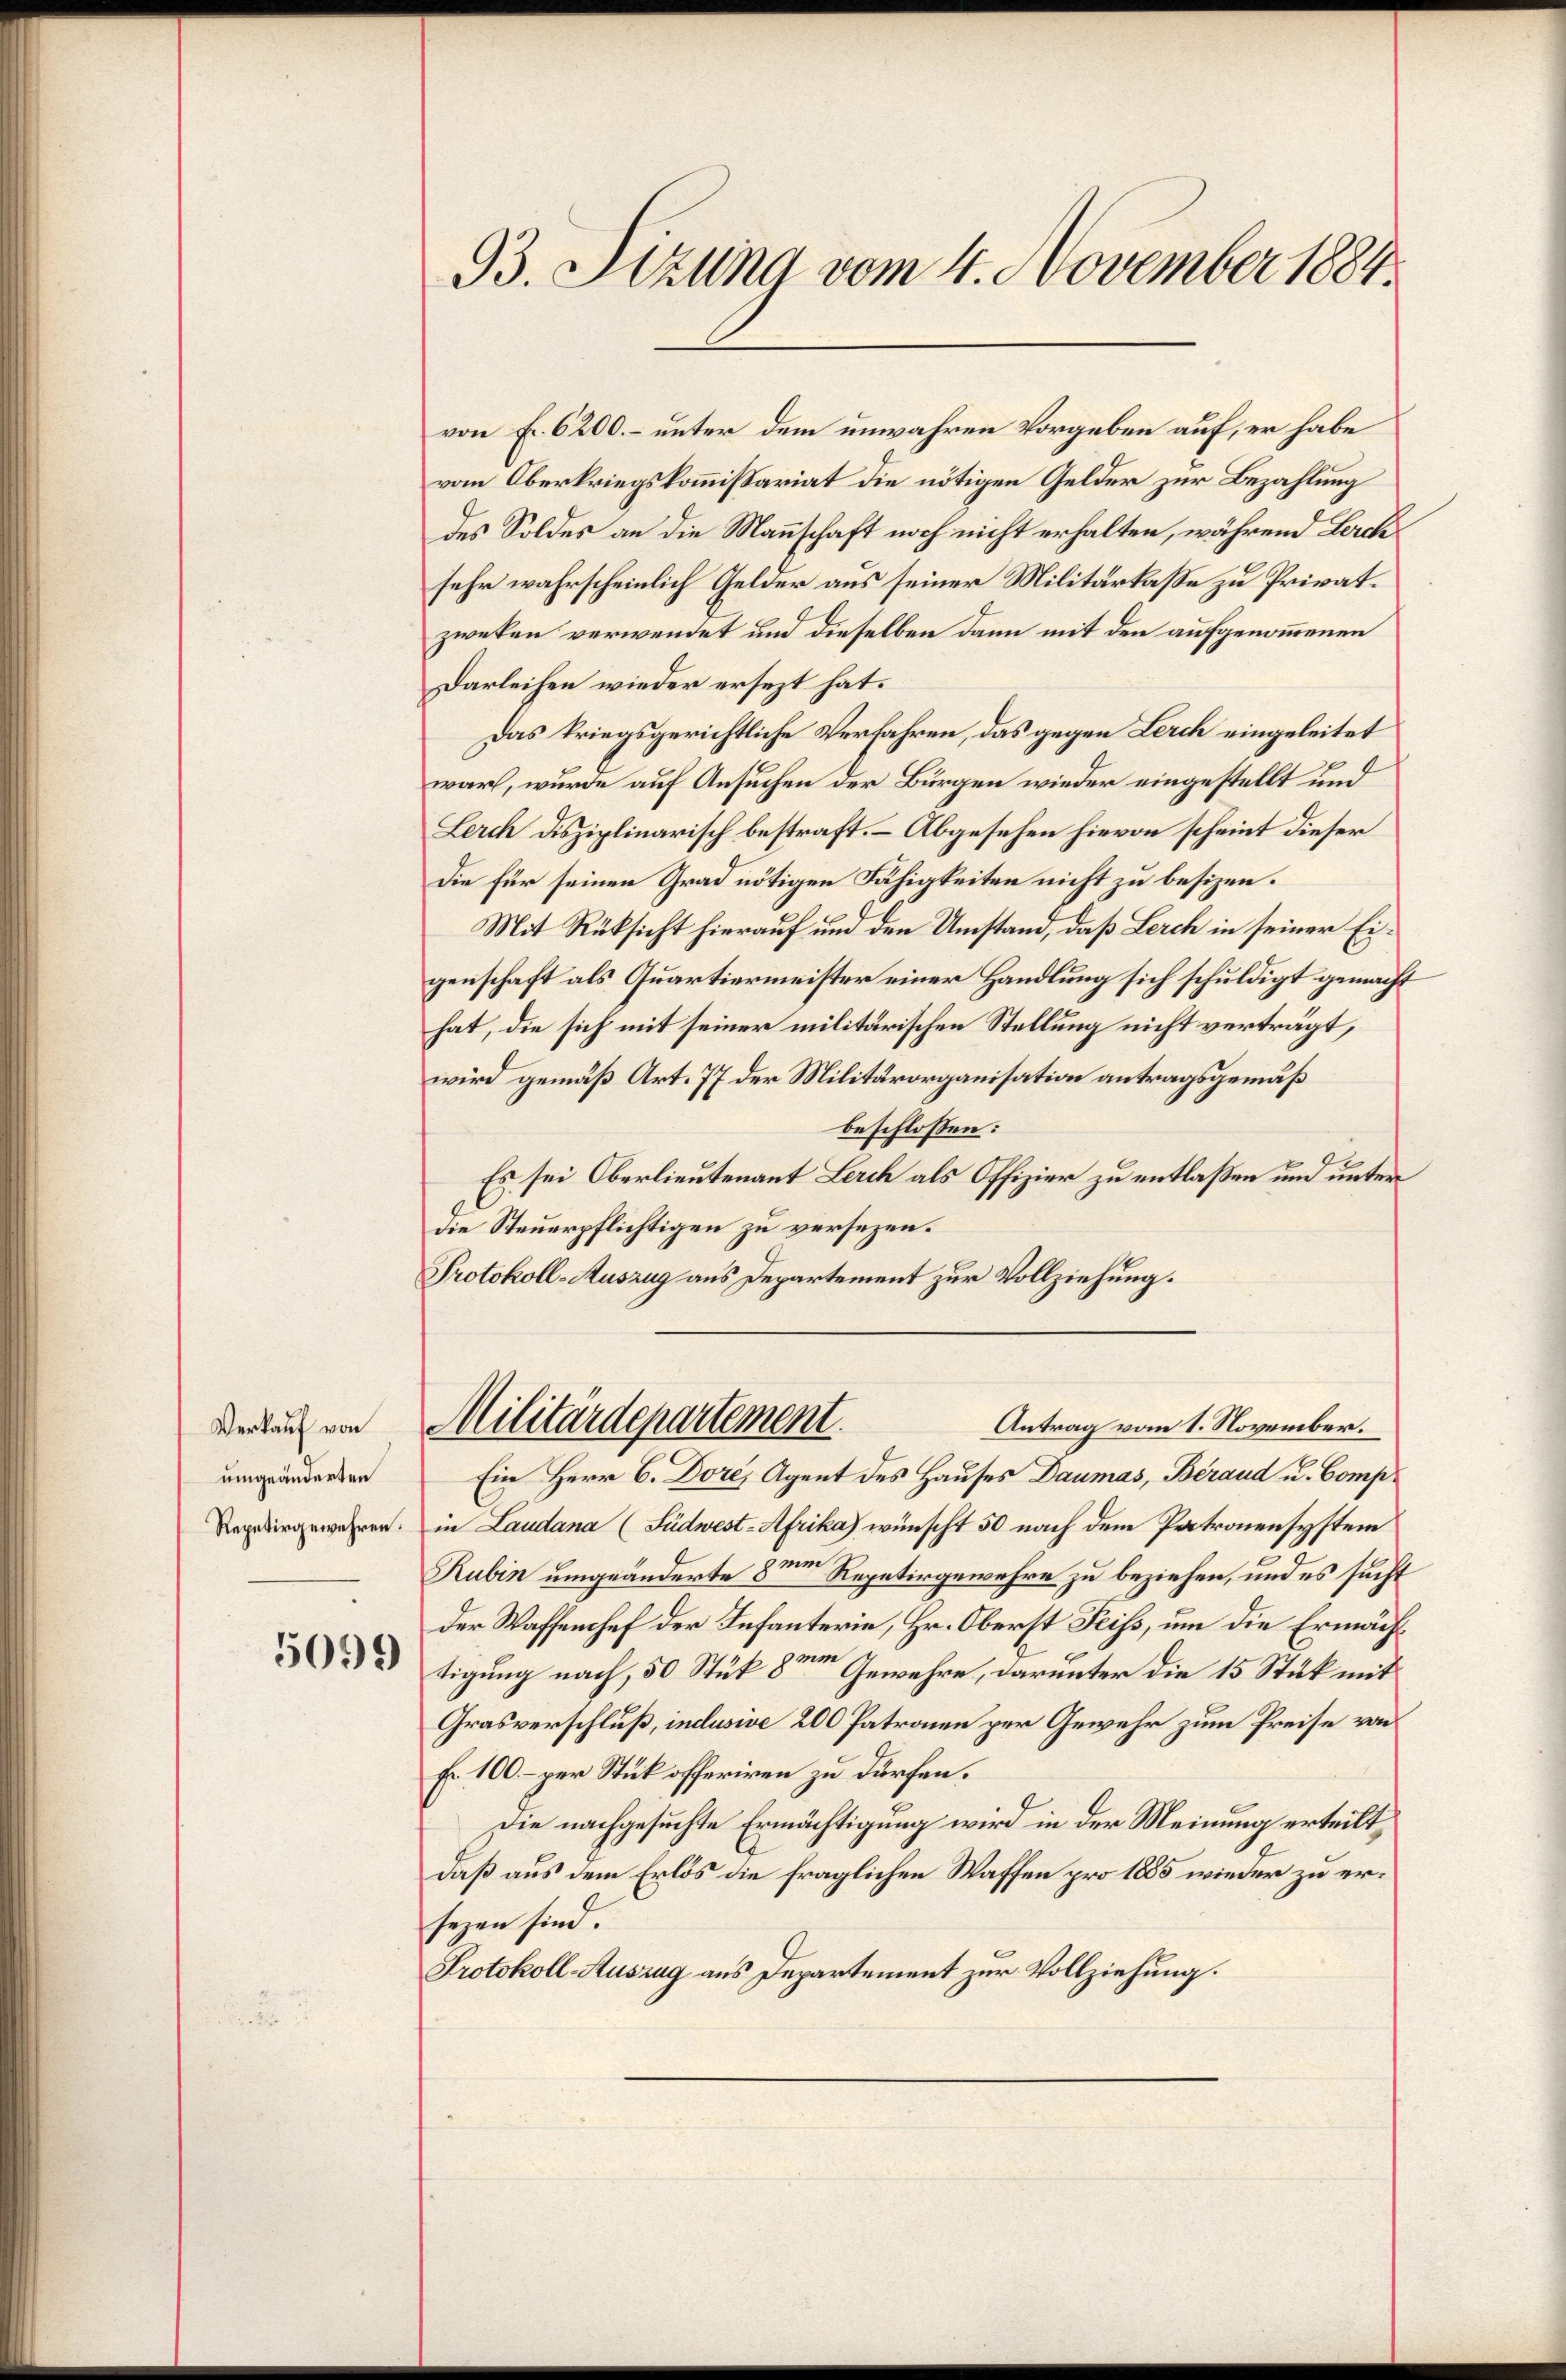
Verkauf von
umgeänderten
Repetirgewehren.

5099

von f. 6200. – unter dem unwahren Vorgeben auf, er habe
vom Oberkriegskommissariat die nötigen Gelder zur Bezahlung
des Soldes an die Mannschaft noch nicht erhalten, während Lerchsehr wahrscheinlich Gelder aus seiner Militärkasse zu Privatzweken verwendet und dieselben dann mit den aufgenommenen
Darleihen wieder ersezt hat.
Das kriegsgerichtliche Verfahren, das gegen Lerch eingeleitet
warf, wurde auf Ansuchen der Bürgen wieder eingestellt und
Lerch disziplinarisch bestraft. – Abgesehen hievon scheint dieser
Die für seinen Grad nötigen Fähigkeiten nicht zu besizen.
Mit Rüksicht hierauf und den Umstand, daß Lerch in seiner Eigenschaft als Quartiermeister einer Handlung sich schuldigt gemacht
hat, die sich mit seiner militärischen Stellung nicht verträgt,
wird gemäß Art. 77 der Militärorganisation antragsgemäß
beschlossen:
Es sei Oberlieutenant Lerch als Offizier zu entlaßen und unter
die Steuerpflichtigen zu versezen.
Protokoll-Auszug aus Departement zur Vollziehung.

93. Sizung vom 4. November 1884.

Militärdepartement
Antrag vom 1. November.

Ein Herr C. Dore, Agent des Hauses Daumas, Beraud u. Comp.
in Laudana (Füdwest-Afrika) wünscht 50 nach dem Patronensystem
Rubin umgeänderte 8ten Repetirgewehre zu beziehen, und es sucht
der Waffenhef der Infanterie, Hr. Oberst Feiss, um die Ermächtigung nach, 50 Stük 8ten Gewehre, darunter die 15 Stück mit
Grasverschluß, indusive 200 Patronen per Gewehr zum Preise von
f. 100.- per Stück offeriren zu dürfen.
Die nachgesuchte Ermächtigung wird in der Meinung erteilt,
daß aus dem Erlös die fraglichen Waffen pro 1885 wieder zu ersezen sind.
Protokoll-Auszug aus Departement zur Vollziehung.